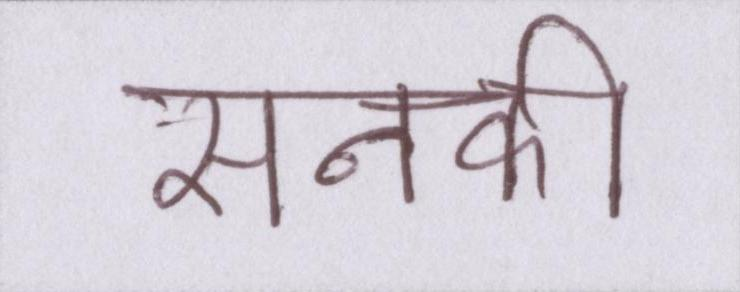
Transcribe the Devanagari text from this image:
सनकी